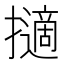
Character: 擿